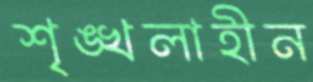
শৃঙ্খলাহীন